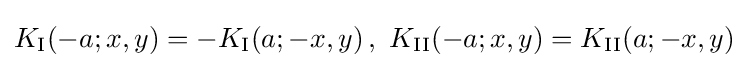
K_{\rm {I}}(-a;x,y)=-K_{\rm {I}}(a;-x,y)\,,\,\,K_{\rm {II}}(-a;x,y)=K_{\rm {II}}(a;-x,y)